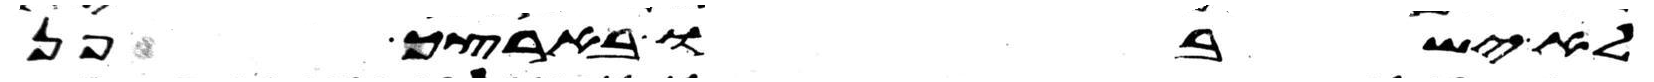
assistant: לא ישבו בארצך פן